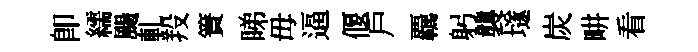
卽繻颺軋羖簀睇毋逼偃戶覊躬襲𡑞炭畊看